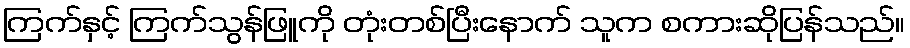
ကြက်နှင့် ကြက်သွန်ဖြူကို တုံးတစ်ပြီးနောက် သူက စကားဆိုပြန်သည်။